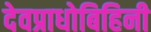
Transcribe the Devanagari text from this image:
देवप्राधोबिहिनी